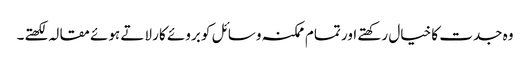
وہ جدت کا خیال رکھتے اور تمام ممکنہ وسائل کو بروئے کار لاتے ہوئے مقالہ لکھتے۔